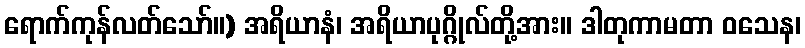
ရောက်ကုန်လတ်သော်။) အရိယာနံ၊ အရိယာပုဂ္ဂိုလ်တို့အား။ ဒါတုကာမတာ ဝသေန၊